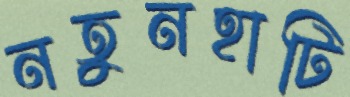
নতুনহাটি